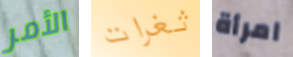
الأمر ثغرات امرأة